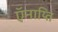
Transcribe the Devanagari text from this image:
ऍनाय्ति